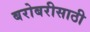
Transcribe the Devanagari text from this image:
बरोबरीसाठी